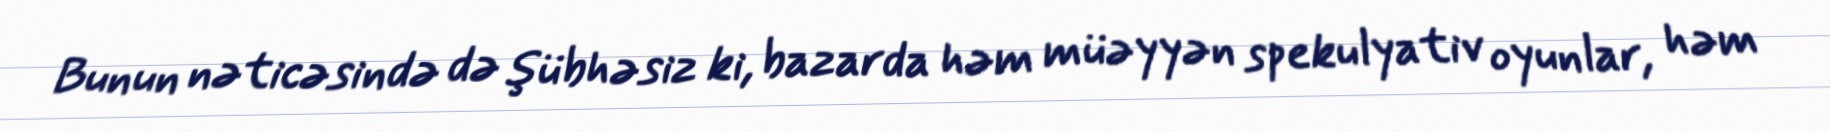
Bunun nəticəsində də şübhəsiz ki, bazarda həm müəyyən spekulyativ oyunlar, həm